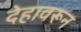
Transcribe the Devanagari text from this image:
देहावरून